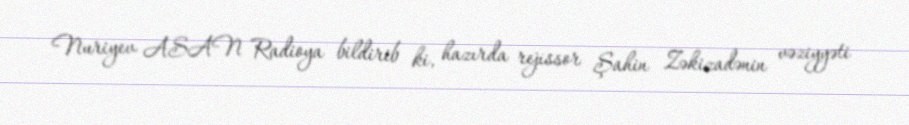
Nuriyev ASAN Radioya bildirib ki, hazırda rejissor Şahin Zəkizadənin vəziyyəti